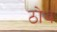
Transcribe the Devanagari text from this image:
ठोथ